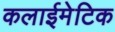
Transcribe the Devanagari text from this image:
कलाईमेटिक